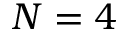
N = 4